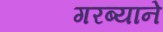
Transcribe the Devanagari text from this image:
गरब्याने